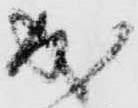
成